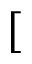
[